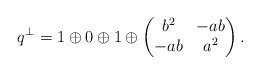
\begin{align*}q^\perp = 1\oplus 0\oplus 1\oplus \begin{pmatrix}b^2&-ab \\-ab&a^2\end{pmatrix}.\end{align*}